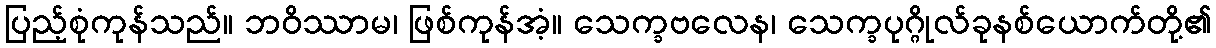
ပြည့်စုံကုန်သည်။ ဘဝိဿာမ၊ ဖြစ်ကုန်အံ့။ သေက္ခဗလေန၊ သေက္ခပုဂ္ဂိုလ်ခုနစ်ယောက်တို့၏